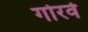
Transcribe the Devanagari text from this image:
गोरवे